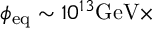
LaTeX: \phi _ { \mathrm { e q } } \sim 1 0 ^ { 1 3 } \mathrm { G e V } \times